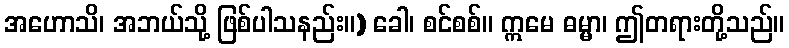
အဟောသိ၊ အဘယ်သို့ ဖြစ်ပါသနည်း။) ခေါ၊ စင်စစ်။ ဣမေ ဓမ္မာ၊ ဤတရားတို့သည်။